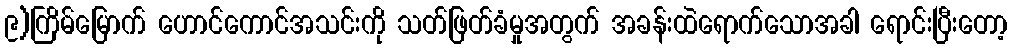
၉)ကြိမ်မြောက် ဟောင်ကောင်အသင်းကို သတ်ဖြတ်ခံမှုအတွက် အခန်းထဲရောက်သောအခါ ရောင်းပြီးတော့